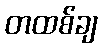
တထစ်ချ